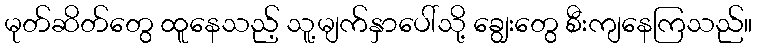
မုတ်ဆိတ်တွေ ထူနေသည့် သူ့မျက်နှာပေါ်သို့ ချွေးတွေ စီးကျနေကြသည်။